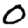
Digit: 0